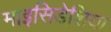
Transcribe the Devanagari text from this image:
माइसिडेशिया